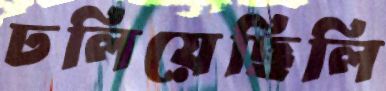
ঢলিয়েছিলি